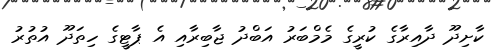
ކާށިދޫ ދާއިރާގެ ކުރީގެ މެމްބަރު އަބްދު ޖާބިރާއި އެ ޕާޓީގެ ހިތަދޫ އުތުރު